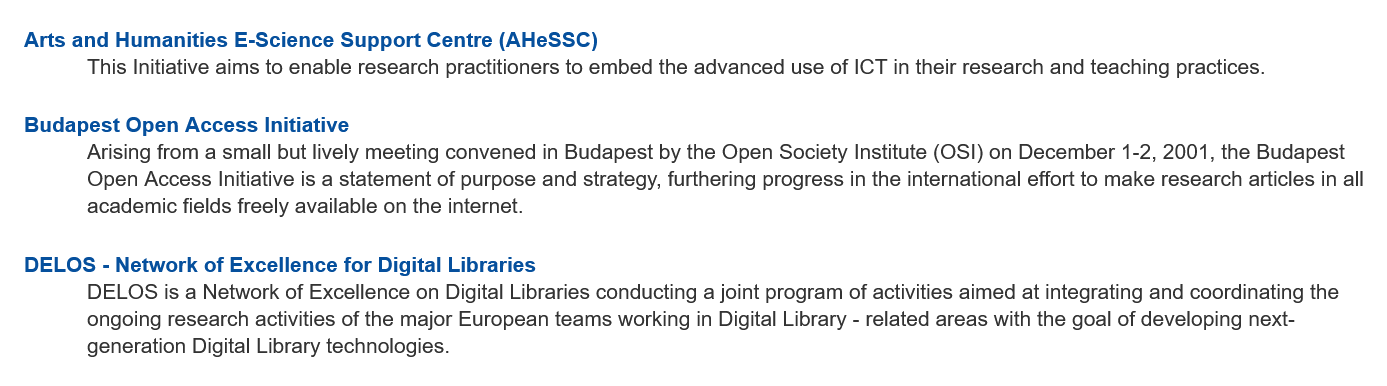
Arts and Humanities E-Science Support Centre (AHeSSC)
   DELOS - Network of  Excellence for Digital Libraries
     This Initiative aims to enable research practitioners to embed the advanced use of ICT in their research and teaching practices.
   Budapest  Open Access Initiative
     Arising from a small but lively meeting convened in Budapest by the Open Society Institute (OSI) on December 1-2, 2001, the Budapest
     Open Access Initiative is a statement of purpose and strategy, furthering progress in the international effort to make research articles in all
     academic fields freely available on the internet.
     DELOS is a Network of Excellence on Digital Libraries conducting a joint program of activities aimed at integrating and coordinating the
     ongoing research activities of the major European teams working in Digital Library -
     related areas with the goal of developing next-
     generation Digital Library technologies.